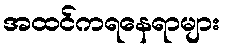
အထင်ကရနေရာများ